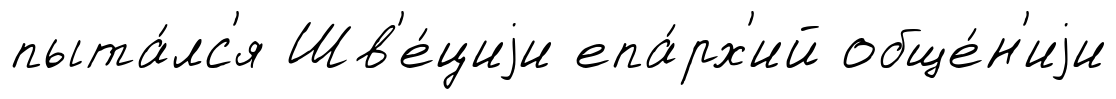
пыта́лс'я Шв'е́циjи епа́рх'ий обще́н'иjи